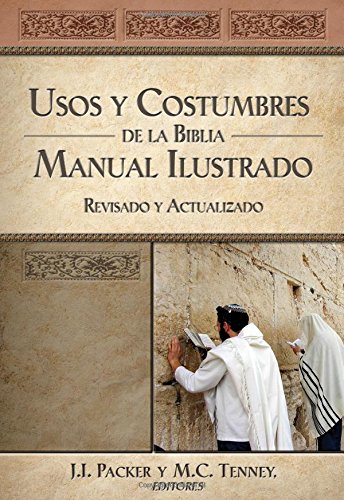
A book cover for Usos y costumbres de la Biblia: Manual ilustrado, revisado y actualizado (Spanish Edition); Christian Books & Bibles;